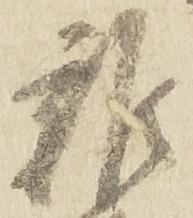
雑